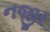
નજીર